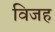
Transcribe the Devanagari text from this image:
विजह